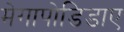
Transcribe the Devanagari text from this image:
मेगापोडिडाए